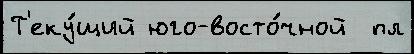
Т'еку́щий юго-восто́чной  пл